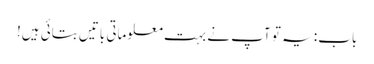
باب: یہ تو آپ نے بہت معلوماتی باتیں بتائی ہیں!